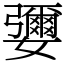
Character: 㜷